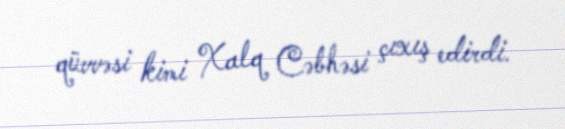
qüvvəsi kimi Xalq Cəbhəsi çıxış edirdi.